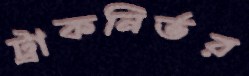
ট্রাকনির্ভর